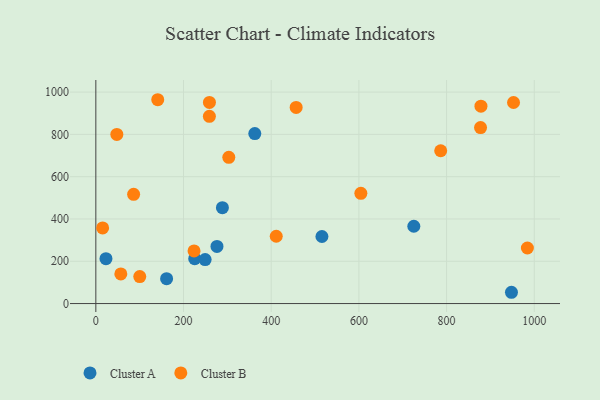
{"axis": {"x": "Price", "y": "Demand"}, "legend": ["Cluster A", "Cluster B"], "data": [{"x": "225.5", "y": 212.2, "type": "Cluster A"}, {"x": "249.3", "y": 208.1, "type": "Cluster A"}, {"x": "276.3", "y": 270.2, "type": "Cluster A"}, {"x": "23.1", "y": 212.3, "type": "Cluster A"}, {"x": "515.7", "y": 317.0, "type": "Cluster A"}, {"x": "161.4", "y": 117.7, "type": "Cluster A"}, {"x": "948.0", "y": 53.3, "type": "Cluster A"}, {"x": "288.7", "y": 453.5, "type": "Cluster A"}, {"x": "725.3", "y": 365.5, "type": "Cluster A"}, {"x": "362.6", "y": 804.0, "type": "Cluster A"}, {"x": "57.0", "y": 140.2, "type": "Cluster B"}, {"x": "878.4", "y": 933.5, "type": "Cluster B"}, {"x": "604.5", "y": 521.1, "type": "Cluster B"}, {"x": "47.9", "y": 799.8, "type": "Cluster B"}, {"x": "952.7", "y": 950.7, "type": "Cluster B"}, {"x": "224.0", "y": 249.0, "type": "Cluster B"}, {"x": "303.3", "y": 691.7, "type": "Cluster B"}, {"x": "259.0", "y": 885.2, "type": "Cluster B"}, {"x": "786.6", "y": 722.7, "type": "Cluster B"}, {"x": "411.5", "y": 318.3, "type": "Cluster B"}, {"x": "86.2", "y": 516.7, "type": "Cluster B"}, {"x": "877.5", "y": 832.0, "type": "Cluster B"}, {"x": "259.1", "y": 951.1, "type": "Cluster B"}, {"x": "456.9", "y": 927.3, "type": "Cluster B"}, {"x": "100.2", "y": 127.4, "type": "Cluster B"}, {"x": "141.2", "y": 963.9, "type": "Cluster B"}, {"x": "984.3", "y": 262.7, "type": "Cluster B"}, {"x": "15.5", "y": 357.7, "type": "Cluster B"}]}